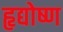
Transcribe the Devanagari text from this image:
हृद्योष्ण